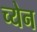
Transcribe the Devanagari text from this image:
च्येन